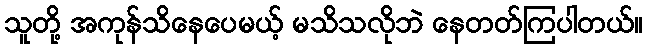
သူတို့ အကုန်သိနေပေမယ့် မသိသလိုဘဲ နေတတ်ကြပါတယ်။